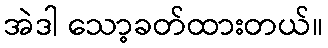
အဲဒါ သော့ခတ်ထားတယ်။